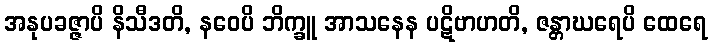
အနုပခဇ္ဇာပိ နိသီဒတိ, နဝေပိ ဘိက္ခူ အာသနေန ပဋိဗာဟတိ, ဇန္တာဃရေပိ ထေရေ